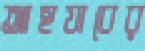
আহযাবের